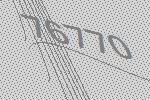
76770